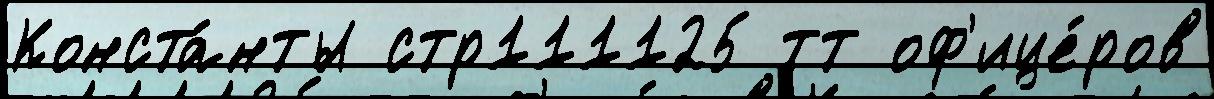
Конста́нты стр111125 тт оф'ице́ров